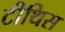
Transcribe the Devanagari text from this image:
टीथिस